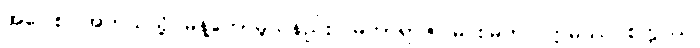
အဝေါစ၊ အဘယ်သို့ မိန့်တော်မူသနည်း။ မဟာရာဇ၊ မင်းမြတ်။ ဣမဿ စက္ကဿ၊